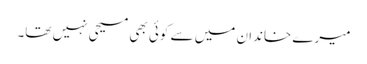
میرے خاندان میں سے کوئی بھی مسیحی نہیں تھا۔